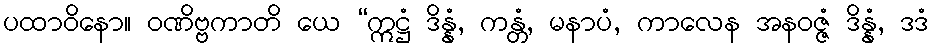
ပထာဝိနော။ ဝဏိဗ္ဗကာတိ ယေ “ဣဋ္ဌံ ဒိန္နံ, ကန္တံ, မနာပံ, ကာလေန အနဝဇ္ဇံ ဒိန္နံ, ဒဒံ